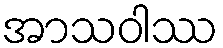
အာသဝါဿ